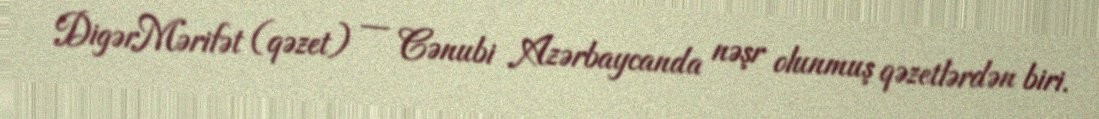
DigərMərifət (qəzet) — Cənubi Azərbaycanda nəşr olunmuş qəzetlərdən biri.